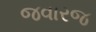
જવારજ